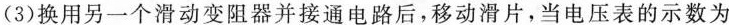
(3)换用另一个滑动变阻器并接通电路后，移动滑片，当电压表的示数为